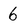
Character: 6